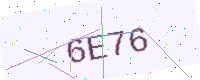
Text: 6E76